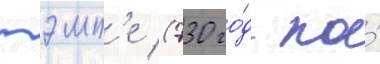
тэмп'е (730 го́д по́